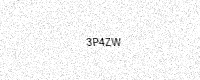
Text: 3P4ZW